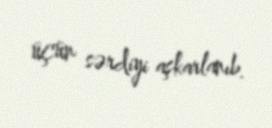
üçün sərdiyi aşkarlanıb.